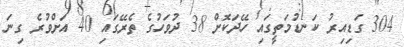
304 ގަޑިއިރު ކަނޑުމަތީގައި ހޭދަކޮށް 38 ދުވަހުގެ ތެރޭގައި 40 އަށްވުރެ ގިނަ